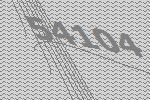
54104